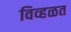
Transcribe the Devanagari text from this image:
विव्हळत